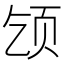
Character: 𫖪